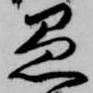
愚